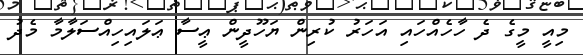
މިއީ މީގެ ދެ ހާހެއްހައި އަހަރު ކުރިން ޔަހޫދީން ޢީސާ ޢަލައިހިއްސަލާމާ މެދު